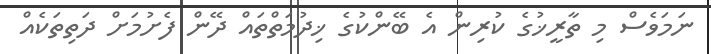
ނަމަވެސް މި ތާރީޚުގެ ކުރިން އެ ބޭންކުގެ ޚިދުމަތްތައް ދޭން ފެށުމަށް ދަތިތަކެއް